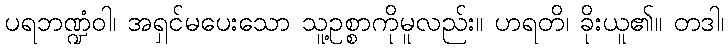
ပရဘဏ္ဍံဝါ၊ အရှင်မပေးသော သူ့ဥစ္စာကိုမူလည်း။ ဟရတိ၊ ခိုးယူ၏။ တဒါ၊